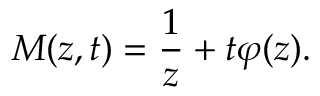
M ( z , t ) = \frac { 1 } { z } + t \varphi ( z ) .